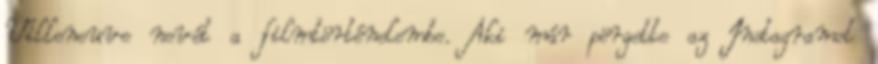
Villeneuve nevét a filmtörténelembe. Aki már pörgette az Instagramot